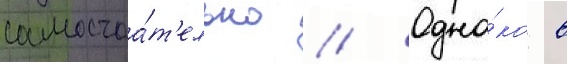
самостоа́т'ельно // Одна́ко в